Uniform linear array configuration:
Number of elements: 32
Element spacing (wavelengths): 0.25
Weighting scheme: uniform
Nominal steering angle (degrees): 30
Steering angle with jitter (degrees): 31.954
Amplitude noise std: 0.05
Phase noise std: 0.05

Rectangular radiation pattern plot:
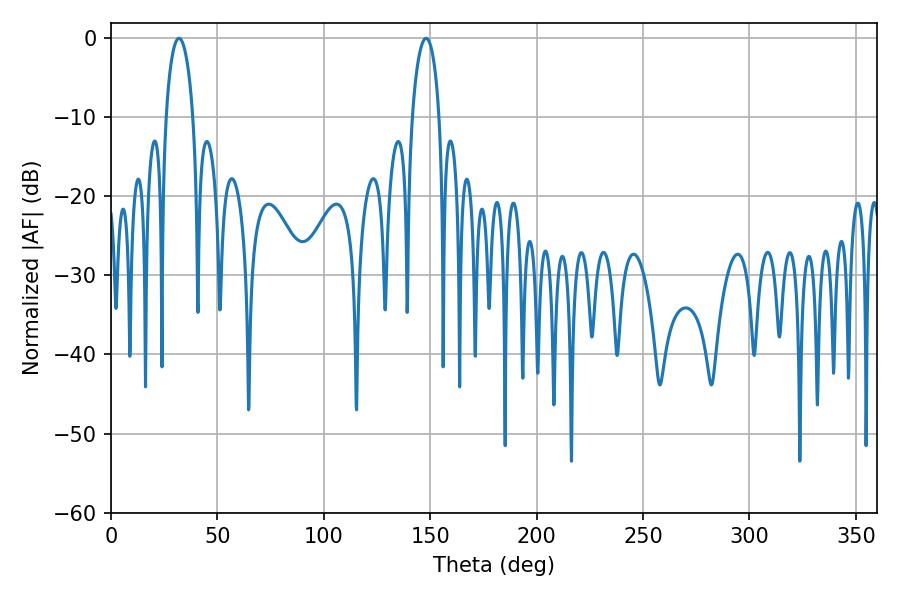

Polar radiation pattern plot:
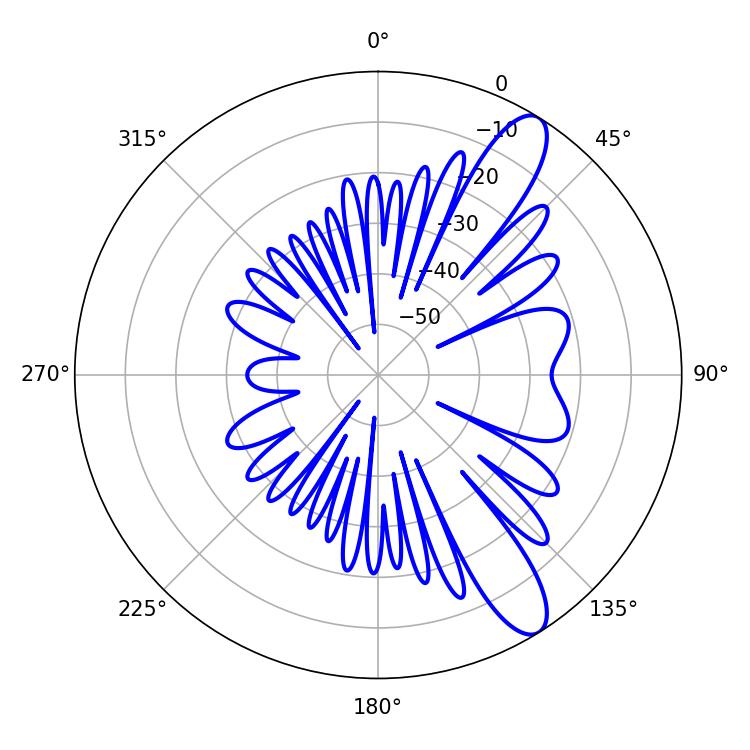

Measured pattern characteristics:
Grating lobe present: FALSE
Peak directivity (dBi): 11.088
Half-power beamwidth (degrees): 7.2
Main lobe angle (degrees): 31.86